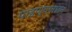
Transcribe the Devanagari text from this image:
पाडण्याबाबत